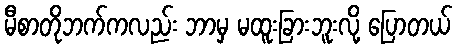
မီစာတိုဘက်ကလည်း ဘာမှ မထူးခြားဘူးလို့ ပြောတယ်